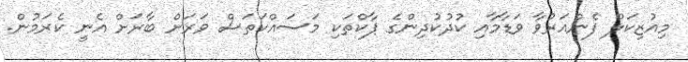
މިއުޒިކަލް ފެންއަރުވާ ވަޑާމާއި ކުދުކުދިންގެ ޕާކްތަކި މަސައްކަތަސް ވަރަށް ބާރަށް އެނީ ކެރަމުން.